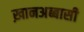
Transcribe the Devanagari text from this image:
ख़ानअब्बासी